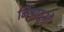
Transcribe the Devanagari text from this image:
मिश्रातुओं